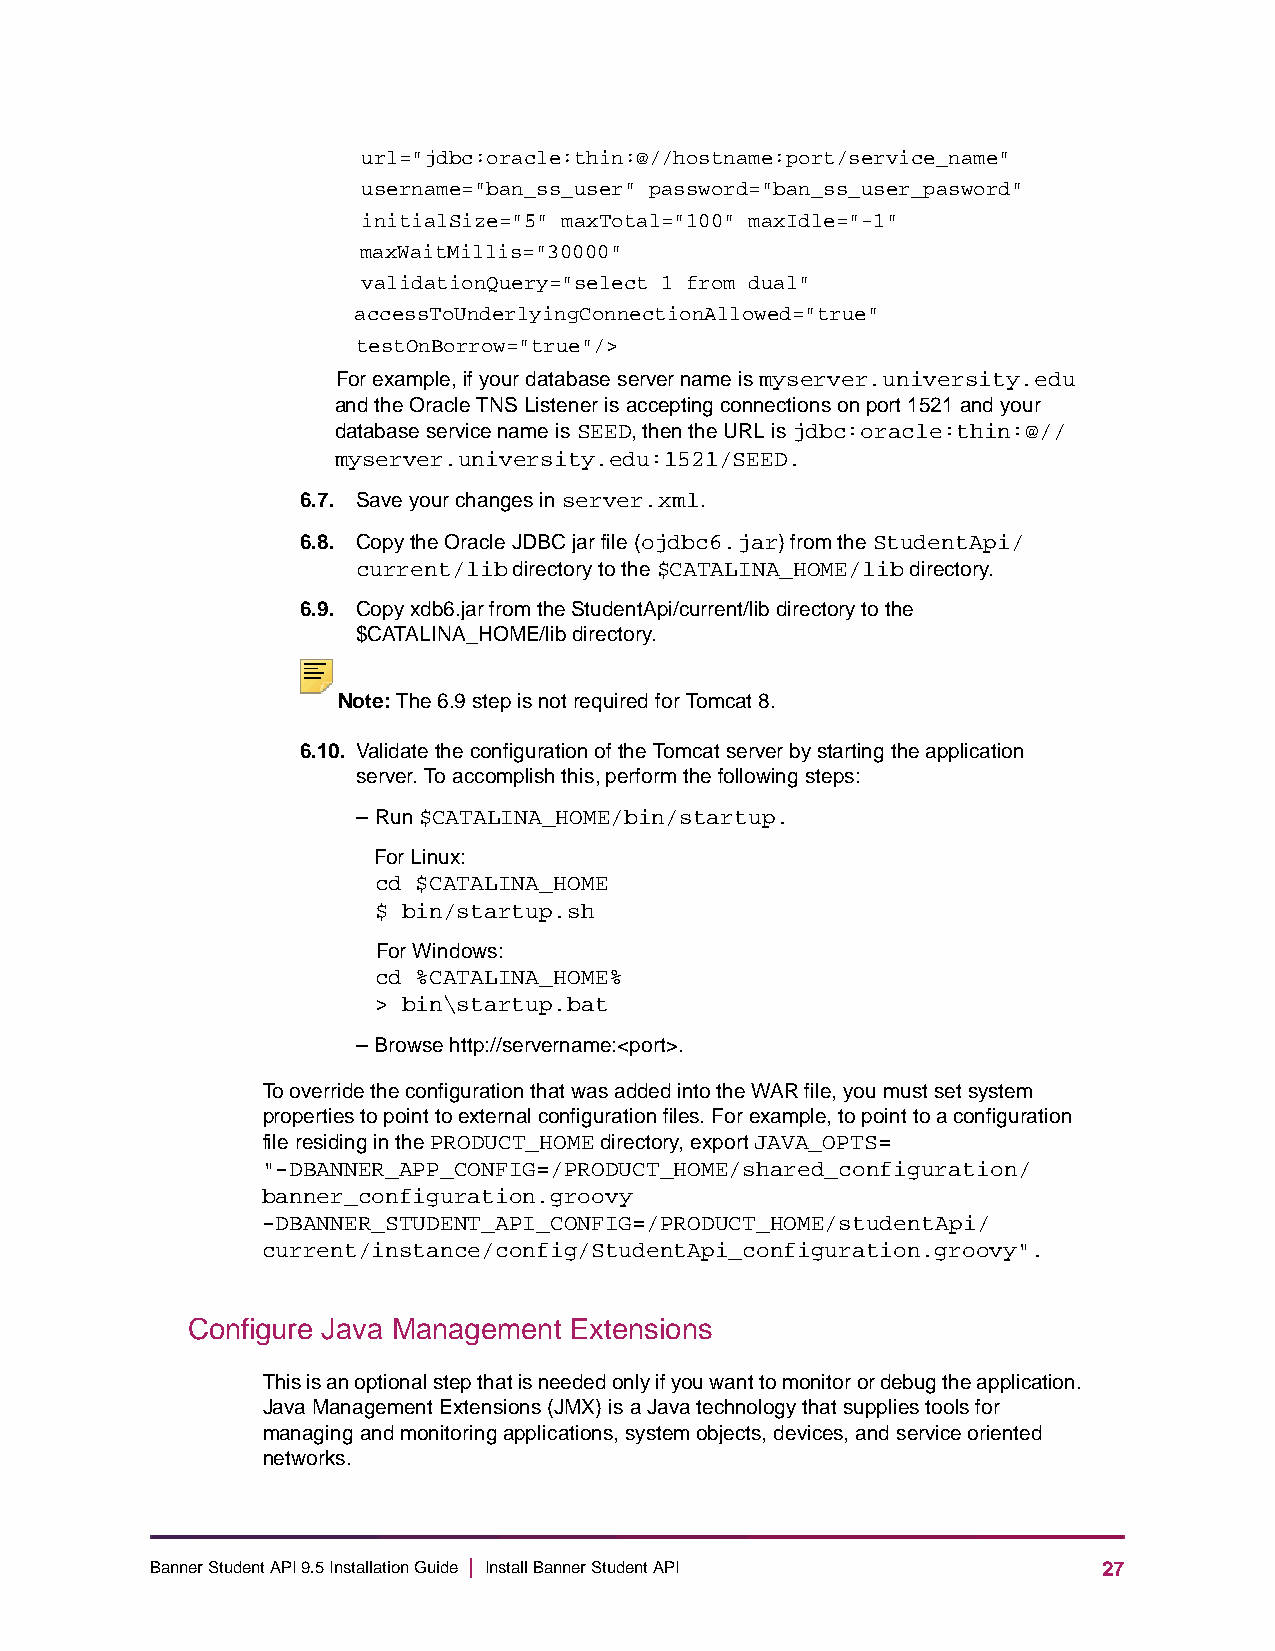
url="jdbc:oracle:thin:@//hostname:port/service_name"
 username="ban_ss_user" password="ban_ss_user_pasword"
 initialSize="5" maxTotal="100" maxIdle="-1"
 maxWaitMillis="30000"
 validationQuery="select 1 from dual"
 accessToUnderlyingConnectionAllowed="true"
 testOnBorrow="true"/>
 For example, if your database server name is myserver.university.edu
 and the Oracle TNS Listener is accepting connections on port 1521 and your
 database service name is SEED, then the URL is jdbc:oracle:thin:@//
 myserver.university.edu:1521/SEED.
 6.7. Save your changes in server.xml.
 6.8. Copy the Oracle JDBC jar file (ojdbc6.jar) from the StudentApi/
 current/lib directory to the $CATALINA_HOME/lib directory.
 6.9. Copy xdb6.jar from the StudentApi/current/lib directory to the
 $CATALINA_HOME/lib directory.
 Note: The 6.9 step is not required for Tomcat 8.
 6.10. Validate the configuration of the Tomcat server by starting the application
 server. To accomplish this, perform the following steps:
 – Run $CATALINA_HOME/bin/startup.
 For Linux:
 cd $CATALINA_HOME
 $ bin/startup.sh
 For Windows:
 cd %CATALINA_HOME%
 > bin\startup.bat
 – Browse http://servername:<port>.
 To override the configuration that was added into the WAR file, you must set system
 properties to point to external configuration files. For example, to point to a configuration
 file residing in the PRODUCT_HOME directory, export JAVA_OPTS=
 "-DBANNER_APP_CONFIG=/PRODUCT_HOME/shared_configuration/
 banner_configuration.groovy
 -DBANNER_STUDENT_API_CONFIG=/PRODUCT_HOME/studentApi/
 current/instance/config/StudentApi_configuration.groovy".
 Configure Java Management Extensions
 This is an optional step that is needed only if you want to monitor or debug the application.
 Java Management Extensions (JMX) is a Java technology that supplies tools for
 managing and monitoring applications, system objects, devices, and service oriented
 networks.
 Banner Student API 9.5 Installation Guide | Install Banner Student API 27